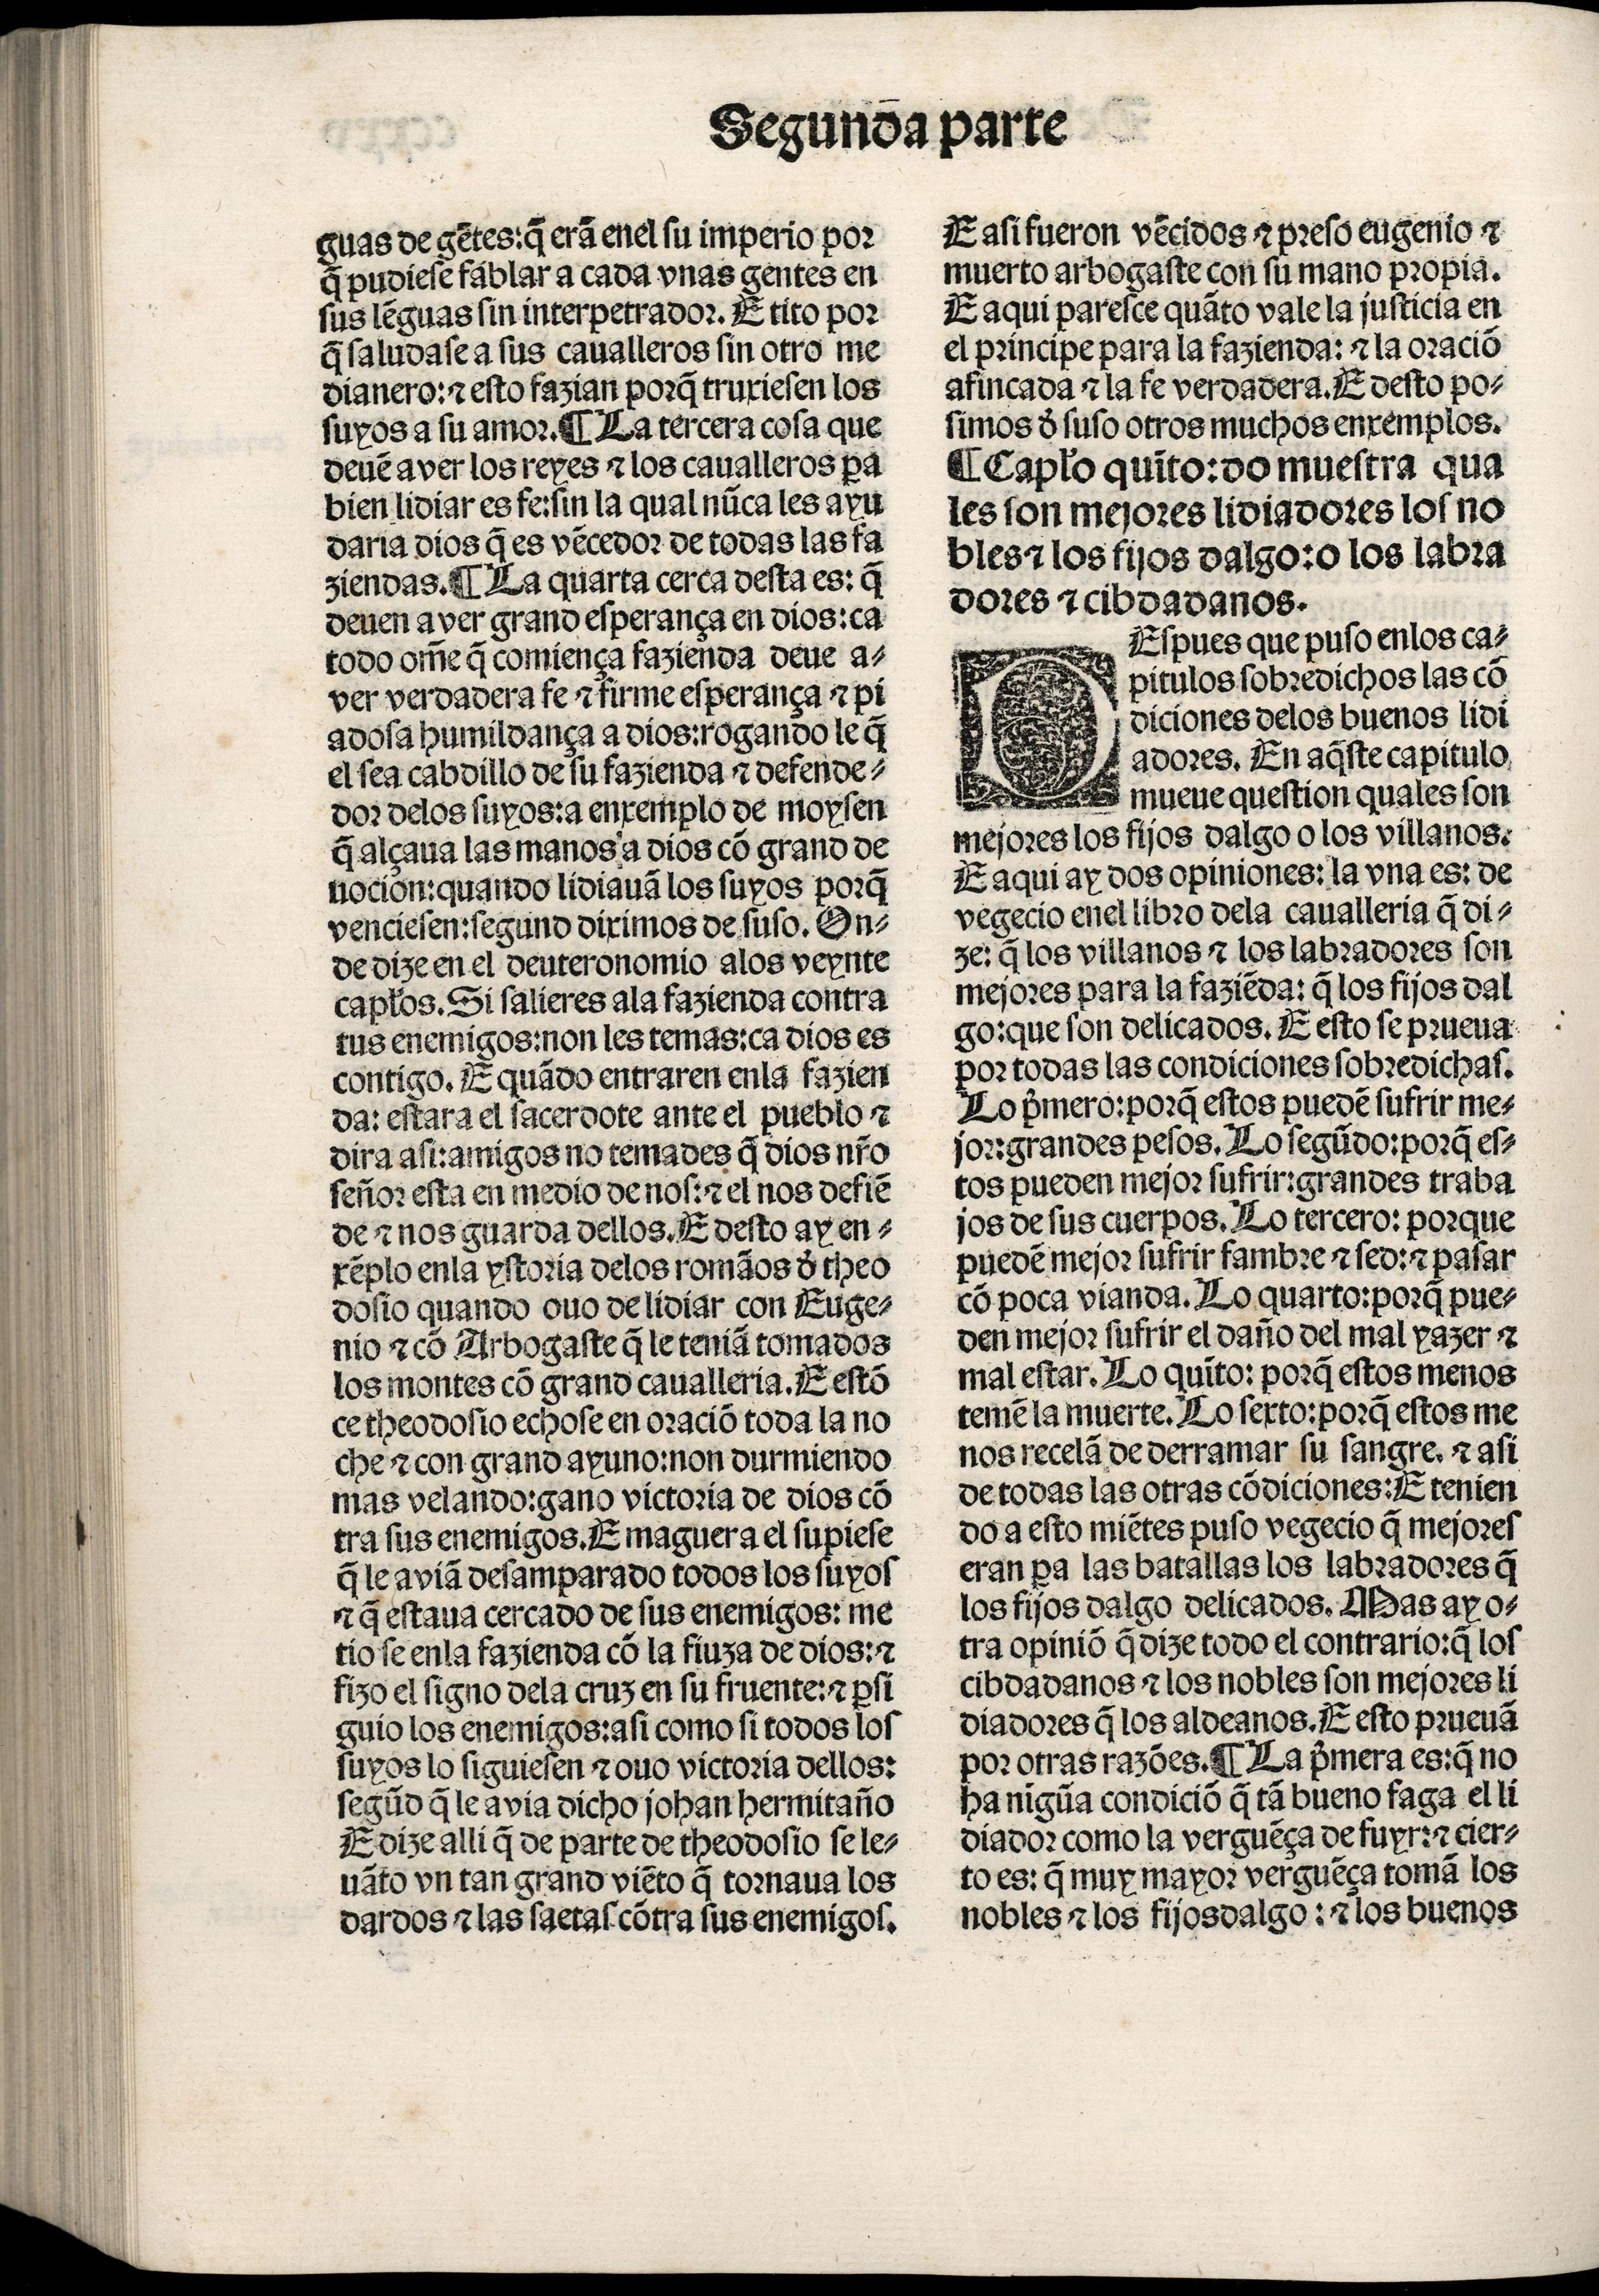
Shelfmark: Madrid, BNE, Inc. 901
Century: 15